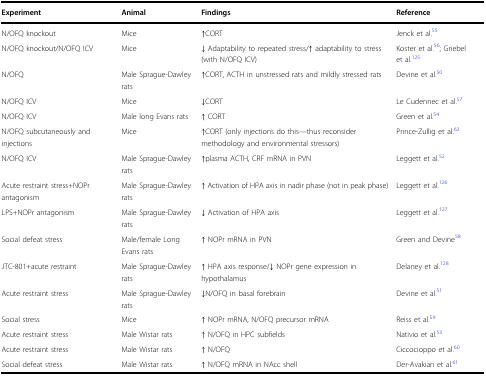
| Experiment | Animal | Findings | Reference |
 | --- | --- | --- | --- |
 | N/OFQ knockout | Mice | ↑CORT | Jenck et al.55 |
 | N/OFQ knockout/N/OFQ ICV | Mice | ↓ Adaptability to repeated stress/↑ adaptability to stress (with N/OFQ ICV) | Koster et al.56; Griebel et al.125 |
 | N/OFQ | Male Sprague-Dawley rats | ↑CORT, ACTH in unstressed rats and mildly stressed rats | Devine et al.50 |
 | N/OFQ ICV | Mice | ↓CORT | Le Cudennec et al.57 |
 | N/OFQ ICV | Male long Evans rats | ↑ CORT | Green et al.54 |
 | N/OFQ subcutaneously and injections | Mice | ↑CORT (only injections do this—thus reconsider methodology and environmental stressors) | Prince-Zullig et al.62 |
 | N/OFQ ICV | Male Sprague-Dawley rats | ↑plasma ACTH, CRF mRNA in PVN | Leggett et al.52 |
 | Acute restraint stress+NOPr antagonism | Male Sprague-Dawley rats | ↑ Activation of HPA axis in nadir phase (not in peak phase) | Leggett et al.126 |
 | LPS+NOPr antagonism | Male Sprague-Dawley rats | ↓ Activation of HPA axis | Leggett et al.127 |
 | Social defeat stress | Male/female Long Evans rats | ↑ NOPr mRNA in PVN | Green and Devine58 |
 | JTC-801+acute restraint | Male Sprague-Dawley rats | ↑ HPA axis response/↓ NOPr gene expression in hypothalamus | Delaney et al.128 |
 | Acute restraint stress | Male Sprague-Dawley rats | ↓N/OFQ in basal forebrain | Devine et al.51 |
 | Social stress | Mice | ↑ NOPr mRNA, N/OFQ precursor mRNA | Reiss et al.59 |
 | Acute restraint stress | Male Wistar rats | ↑ N/OFQ in HPC subfields | Nativio et al.53 |
 | Acute restraint stress | Male Wistar rats | ↑ N/OFQ | Ciccocioppo et al.60 |
 | Social defeat stress | Male Wistar rats | ↑ N/OFQ mRNA in NAcc shell | Der-Avakian et al.61 |